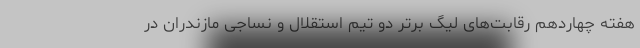
هفته چهاردهم رقابت‌های لیگ برتر دو تیم استقلال و نساجی مازندران در